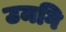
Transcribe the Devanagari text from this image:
उमगि